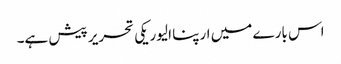
اس بارے میں ارپنا الیوریکی تحریر پیش ہے۔